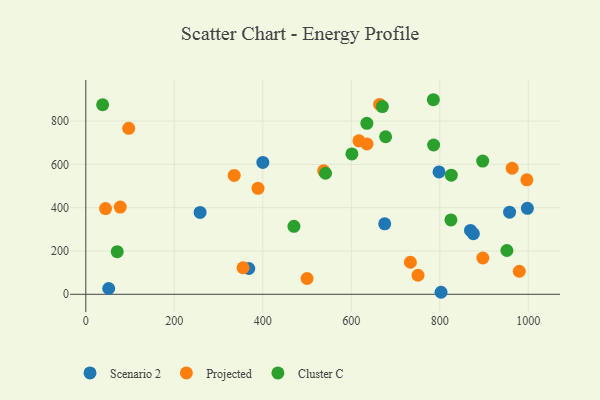
{"axis": {"x": "Speed", "y": "Yield"}, "legend": ["Cluster C", "Projected", "Scenario 2"], "data": [{"x": "998.0", "y": 396.9, "type": "Scenario 2"}, {"x": "368.4", "y": 119.1, "type": "Scenario 2"}, {"x": "798.3", "y": 565.1, "type": "Scenario 2"}, {"x": "869.4", "y": 294.8, "type": "Scenario 2"}, {"x": "875.9", "y": 279.8, "type": "Scenario 2"}, {"x": "51.7", "y": 26.8, "type": "Scenario 2"}, {"x": "675.5", "y": 325.5, "type": "Scenario 2"}, {"x": "400.1", "y": 609.0, "type": "Scenario 2"}, {"x": "258.3", "y": 378.0, "type": "Scenario 2"}, {"x": "957.8", "y": 379.3, "type": "Scenario 2"}, {"x": "802.9", "y": 9.3, "type": "Scenario 2"}, {"x": "335.4", "y": 549.2, "type": "Projected"}, {"x": "963.6", "y": 582.1, "type": "Projected"}, {"x": "355.4", "y": 122.5, "type": "Projected"}, {"x": "897.3", "y": 167.5, "type": "Projected"}, {"x": "635.5", "y": 694.2, "type": "Projected"}, {"x": "96.9", "y": 766.7, "type": "Projected"}, {"x": "733.6", "y": 147.9, "type": "Projected"}, {"x": "996.8", "y": 528.5, "type": "Projected"}, {"x": "537.5", "y": 570.0, "type": "Projected"}, {"x": "77.8", "y": 402.9, "type": "Projected"}, {"x": "389.2", "y": 489.2, "type": "Projected"}, {"x": "664.0", "y": 876.7, "type": "Projected"}, {"x": "750.8", "y": 88.0, "type": "Projected"}, {"x": "44.5", "y": 395.9, "type": "Projected"}, {"x": "979.7", "y": 106.5, "type": "Projected"}, {"x": "500.1", "y": 72.9, "type": "Projected"}, {"x": "617.3", "y": 708.9, "type": "Projected"}, {"x": "470.4", "y": 314.0, "type": "Cluster C"}, {"x": "670.3", "y": 866.9, "type": "Cluster C"}, {"x": "71.0", "y": 196.9, "type": "Cluster C"}, {"x": "826.0", "y": 550.3, "type": "Cluster C"}, {"x": "38.0", "y": 875.3, "type": "Cluster C"}, {"x": "785.5", "y": 898.6, "type": "Cluster C"}, {"x": "951.7", "y": 202.2, "type": "Cluster C"}, {"x": "601.4", "y": 648.3, "type": "Cluster C"}, {"x": "677.6", "y": 727.5, "type": "Cluster C"}, {"x": "541.8", "y": 559.1, "type": "Cluster C"}, {"x": "635.2", "y": 789.8, "type": "Cluster C"}, {"x": "786.1", "y": 689.6, "type": "Cluster C"}, {"x": "825.2", "y": 343.3, "type": "Cluster C"}, {"x": "897.0", "y": 615.2, "type": "Cluster C"}]}